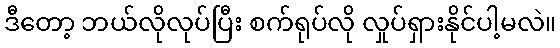
ဒီတော့ ဘယ်လိုလုပ်ပြီး စက်ရုပ်လို လှုပ်ရှားနိုင်ပါ့မလဲ။